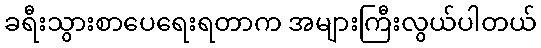
ခရီးသွားစာပေရေးရတာက အများကြီးလွယ်ပါတယ်